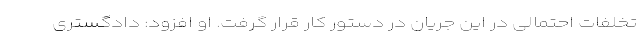
تخلفات احتمالی در این جریان در دستور کار قرار گرفت. او افزود: دادگستری